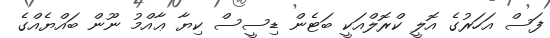
ފަސް އަހަރުގެ އޮލީ ކްރޮލްއަކީ ބަޓެން ޑިސީސް ކިޔާ ޢާއްމު ނޫން ބައްޔެއްގެ